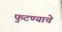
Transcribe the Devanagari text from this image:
फुटण्याचे